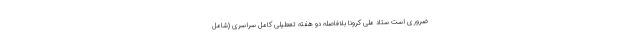
ضروری است ستاد ملی کرونا بلافاصله دو هفته تعطیلی کامل سراسری (شامل